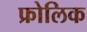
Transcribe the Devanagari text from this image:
फ्रोलिक